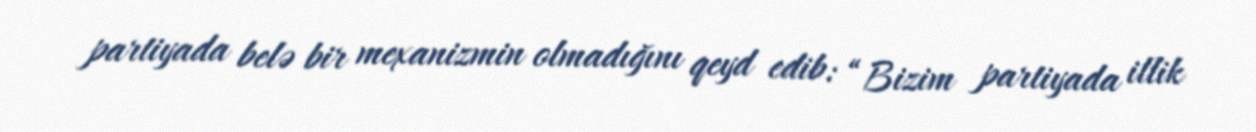
partiyada belə bir mexanizmin olmadığını qeyd edib: “Bizim partiyada illik